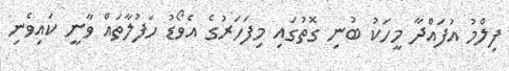
ފިލްމު އުފައްދާ މީހަކު ބުނި ގޮތުގައި މިފަހަރުގެ އެވޯޑު ހަފުލާތައް ވާނީ ކައިވެނި